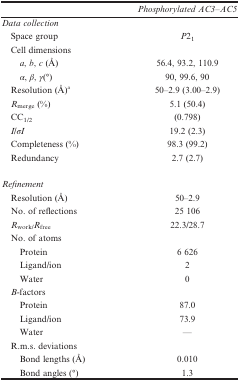
<table><thead><tr><td><b> </b></td><td><b><i>Phosphorylated AC3–AC5</i></b></td></tr></thead><tbody><tr><td colspan="2"><i>Data collection</i></td></tr><tr><td> Space group</td><td><i>P</i>2<sub>1</sub></td></tr><tr><td> Cell dimensions</td><td> </td></tr><tr><td><i>a</i>, <i>b</i>, <i>c</i> (Å)</td><td>56.4, 93.2, 110.9</td></tr><tr><td><i>α</i>, <i>β</i>, <i>γ</i>(°)</td><td>90, 99.6, 90</td></tr><tr><td> Resolution (Å)a</td><td>50–2.9 (3.00–2.9)</td></tr><tr><td> <i>R</i><sub>merge</sub> (%)</td><td>5.1 (50.4)</td></tr><tr><td> CC<sub>1/2</sub></td><td>(0.798)</td></tr><tr><td> <i>I</i>/<i>σI</i></td><td>19.2 (2.3)</td></tr><tr><td> Completeness (%)</td><td>98.3 (99.2)</td></tr><tr><td> Redundancy</td><td>2.7 (2.7)</td></tr><tr><td> </td><td> </td></tr><tr><td colspan="2"><i>Refinement</i></td></tr><tr><td> Resolution (Å)</td><td>50–2.9</td></tr><tr><td> No. of reflections</td><td>25 106</td></tr><tr><td> <i>R</i><sub>work/</sub><i>R</i><sub>free</sub></td><td>22.3/28.7</td></tr><tr><td> No. of atoms</td><td> </td></tr><tr><td>Protein</td><td>6 626</td></tr><tr><td>Ligand/ion</td><td>2</td></tr><tr><td>Water</td><td>0</td></tr><tr><td> <i>B</i>-factors</td><td> </td></tr><tr><td>Protein</td><td>87.0</td></tr><tr><td>Ligand/ion</td><td>73.9</td></tr><tr><td>Water</td><td>—</td></tr><tr><td> R.m.s. deviations</td><td> </td></tr><tr><td>Bond lengths (Å)</td><td>0.010</td></tr><tr><td>Bond angles (°)</td><td>1.3</td></tr></tbody></table>